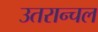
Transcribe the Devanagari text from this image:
उतरान्चल